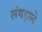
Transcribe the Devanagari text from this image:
लंगड़ाने